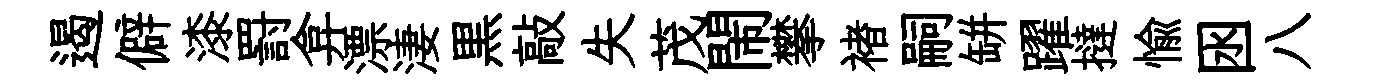
遏僻漆罸弇漂淒黒敲失茂閙攀褚嗣缾躍撻愉囦八